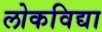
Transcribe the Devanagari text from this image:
लोकविद्या